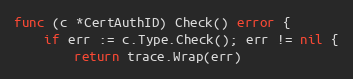
Language: Go
func (c *CertAuthID) Check() error {
	if err := c.Type.Check(); err != nil {
		return trace.Wrap(err)